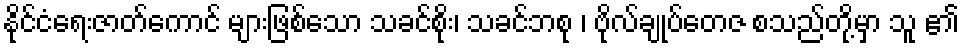
နိုင်ငံရေးဇာတ်ကောင် များဖြစ်သော သခင်စိုး၊ သခင်ဘစု ၊ ဗိုလ်ချုပ်တေဇ စသည်တို့မှာ သူ ၏